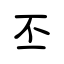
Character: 丕